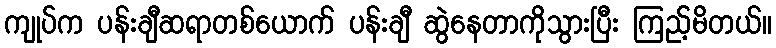
ကျုပ်က ပန်းချီဆရာတစ်ယောက် ပန်းချီ ဆွဲနေတာကိုသွားပြီး ကြည့်မိတယ်။